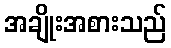
အချိုးအစားသည်